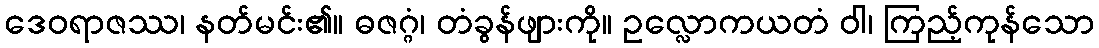
ဒေဝရာဇဿ၊ နတ်မင်း၏။ ဓဇဂ္ဂံ၊ တံခွန်ဖျားကို။ ဥလ္လောကယတံ ဝါ၊ ကြည့်ကုန်သော